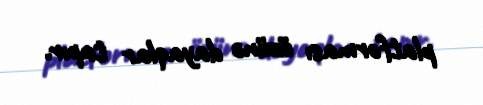
platforması özünə dayaqlar tapır.